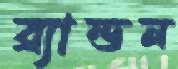
ব্র্যান্ডন